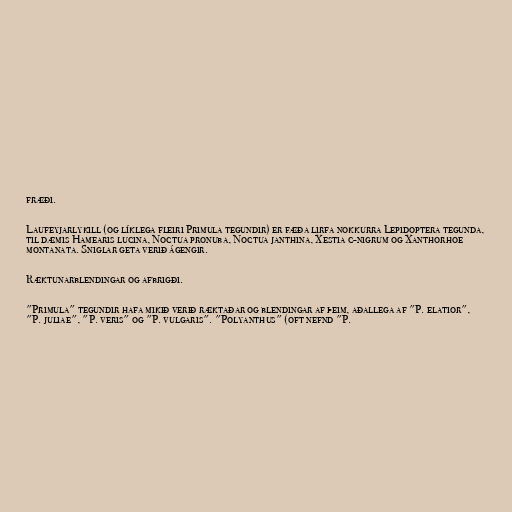
fræði.

Laufeyjarlykill (og líklega fleiri Primula tegundir) er fæða lirfa nokkurra Lepidoptera tegunda,
til dæmis Hamearis lucina, Noctua pronuba, Noctua janthina, Xestia c-nigrum og Xanthorhoe
montanata. Sniglar geta verið ágengir.

Ræktunarblendingar og afbrigði.

"Primula" tegundir hafa mikið verið ræktaðar og blendingar af þeim, aðallega af "P. elatior",
"P. juliae", "P. veris" og "P. vulgaris". "Polyanthus" (oft nefnd "P.